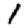
Digit: 1